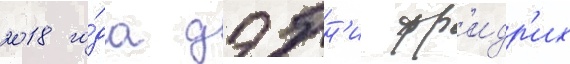
2018 го́да дэбн'и фр'идр'их